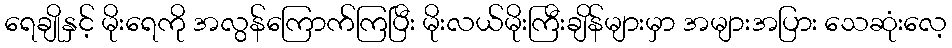
ရေချိုနှင့် မိုးရေကို အလွန်ကြောက်ကြပြီး မိုးလယ်မိုးကြီးချိန်များမှာ အများအပြား သေဆုံးလေ့